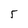
Character: 5